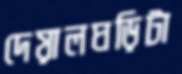
দেয়ালঘড়িটা